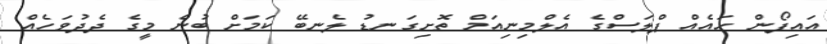
އައިފޯން ހައެއް ޕްލަސްގެ އެލްމިނިއަމް ތޮށިގަނޑު ލެނބޭ ކަމަށް ބުނެ މީގެ ދެދުވަހެއް